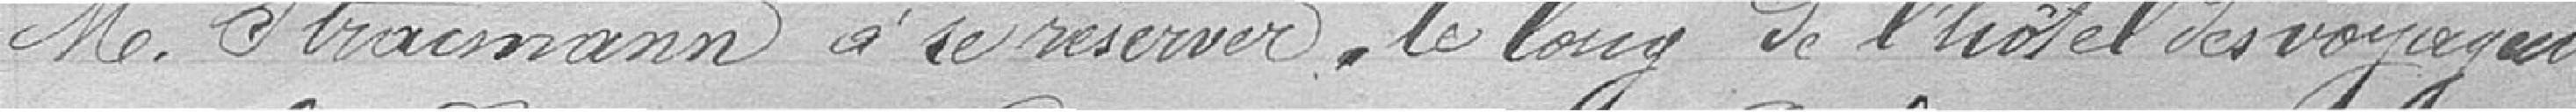
Monsieur Stracmann à se réserver, le long de l'Hôtel des Voyageurs,